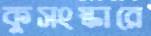
কুসংস্কারে